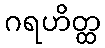
ဂရဟိတ္ထ